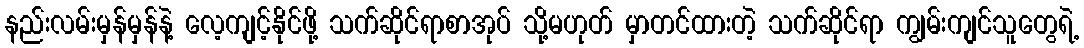
နည်းလမ်းမှန်မှန်နဲ့ လေ့ကျင့်နိုင်ဖို့ သက်ဆိုင်ရာစာအုပ် သို့မဟုတ် မှာတင်ထားတဲ့ သက်ဆိုင်ရာ ကျွမ်းကျင်သူတွေရဲ့